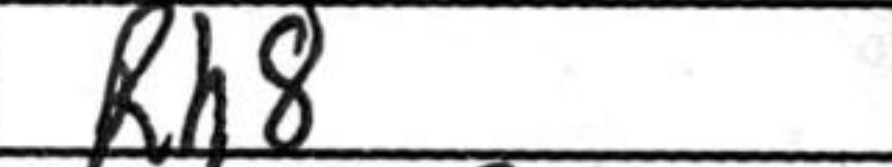
Transcription: Rh8